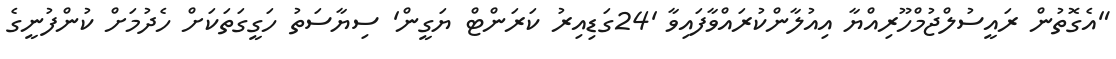
"އެގޮތުން ރައީސުލްޖުމްހޫރިއްޔާ އިއުލާންކުރައްވާފައިވާ '24ގަޑިއިރު ކަރަންޓް ޔަގީން' ސިޔާސަތު ހަގީގަތަކަށް ހެދުމަށް ކުންފުނީގެ